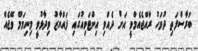
ބުރާސްފަތި ދުވަހު ރާއްޖެއެމްވީ އަށް ދެއްވި އިންޓަވިއުގައި ފައްޔާޒު ވިދާޅުވީ މިނިމަމް ވޭޖެއް